65_HS1-834228961_62-HQ-83894_SUB_A
Agency: FBI
Page 95
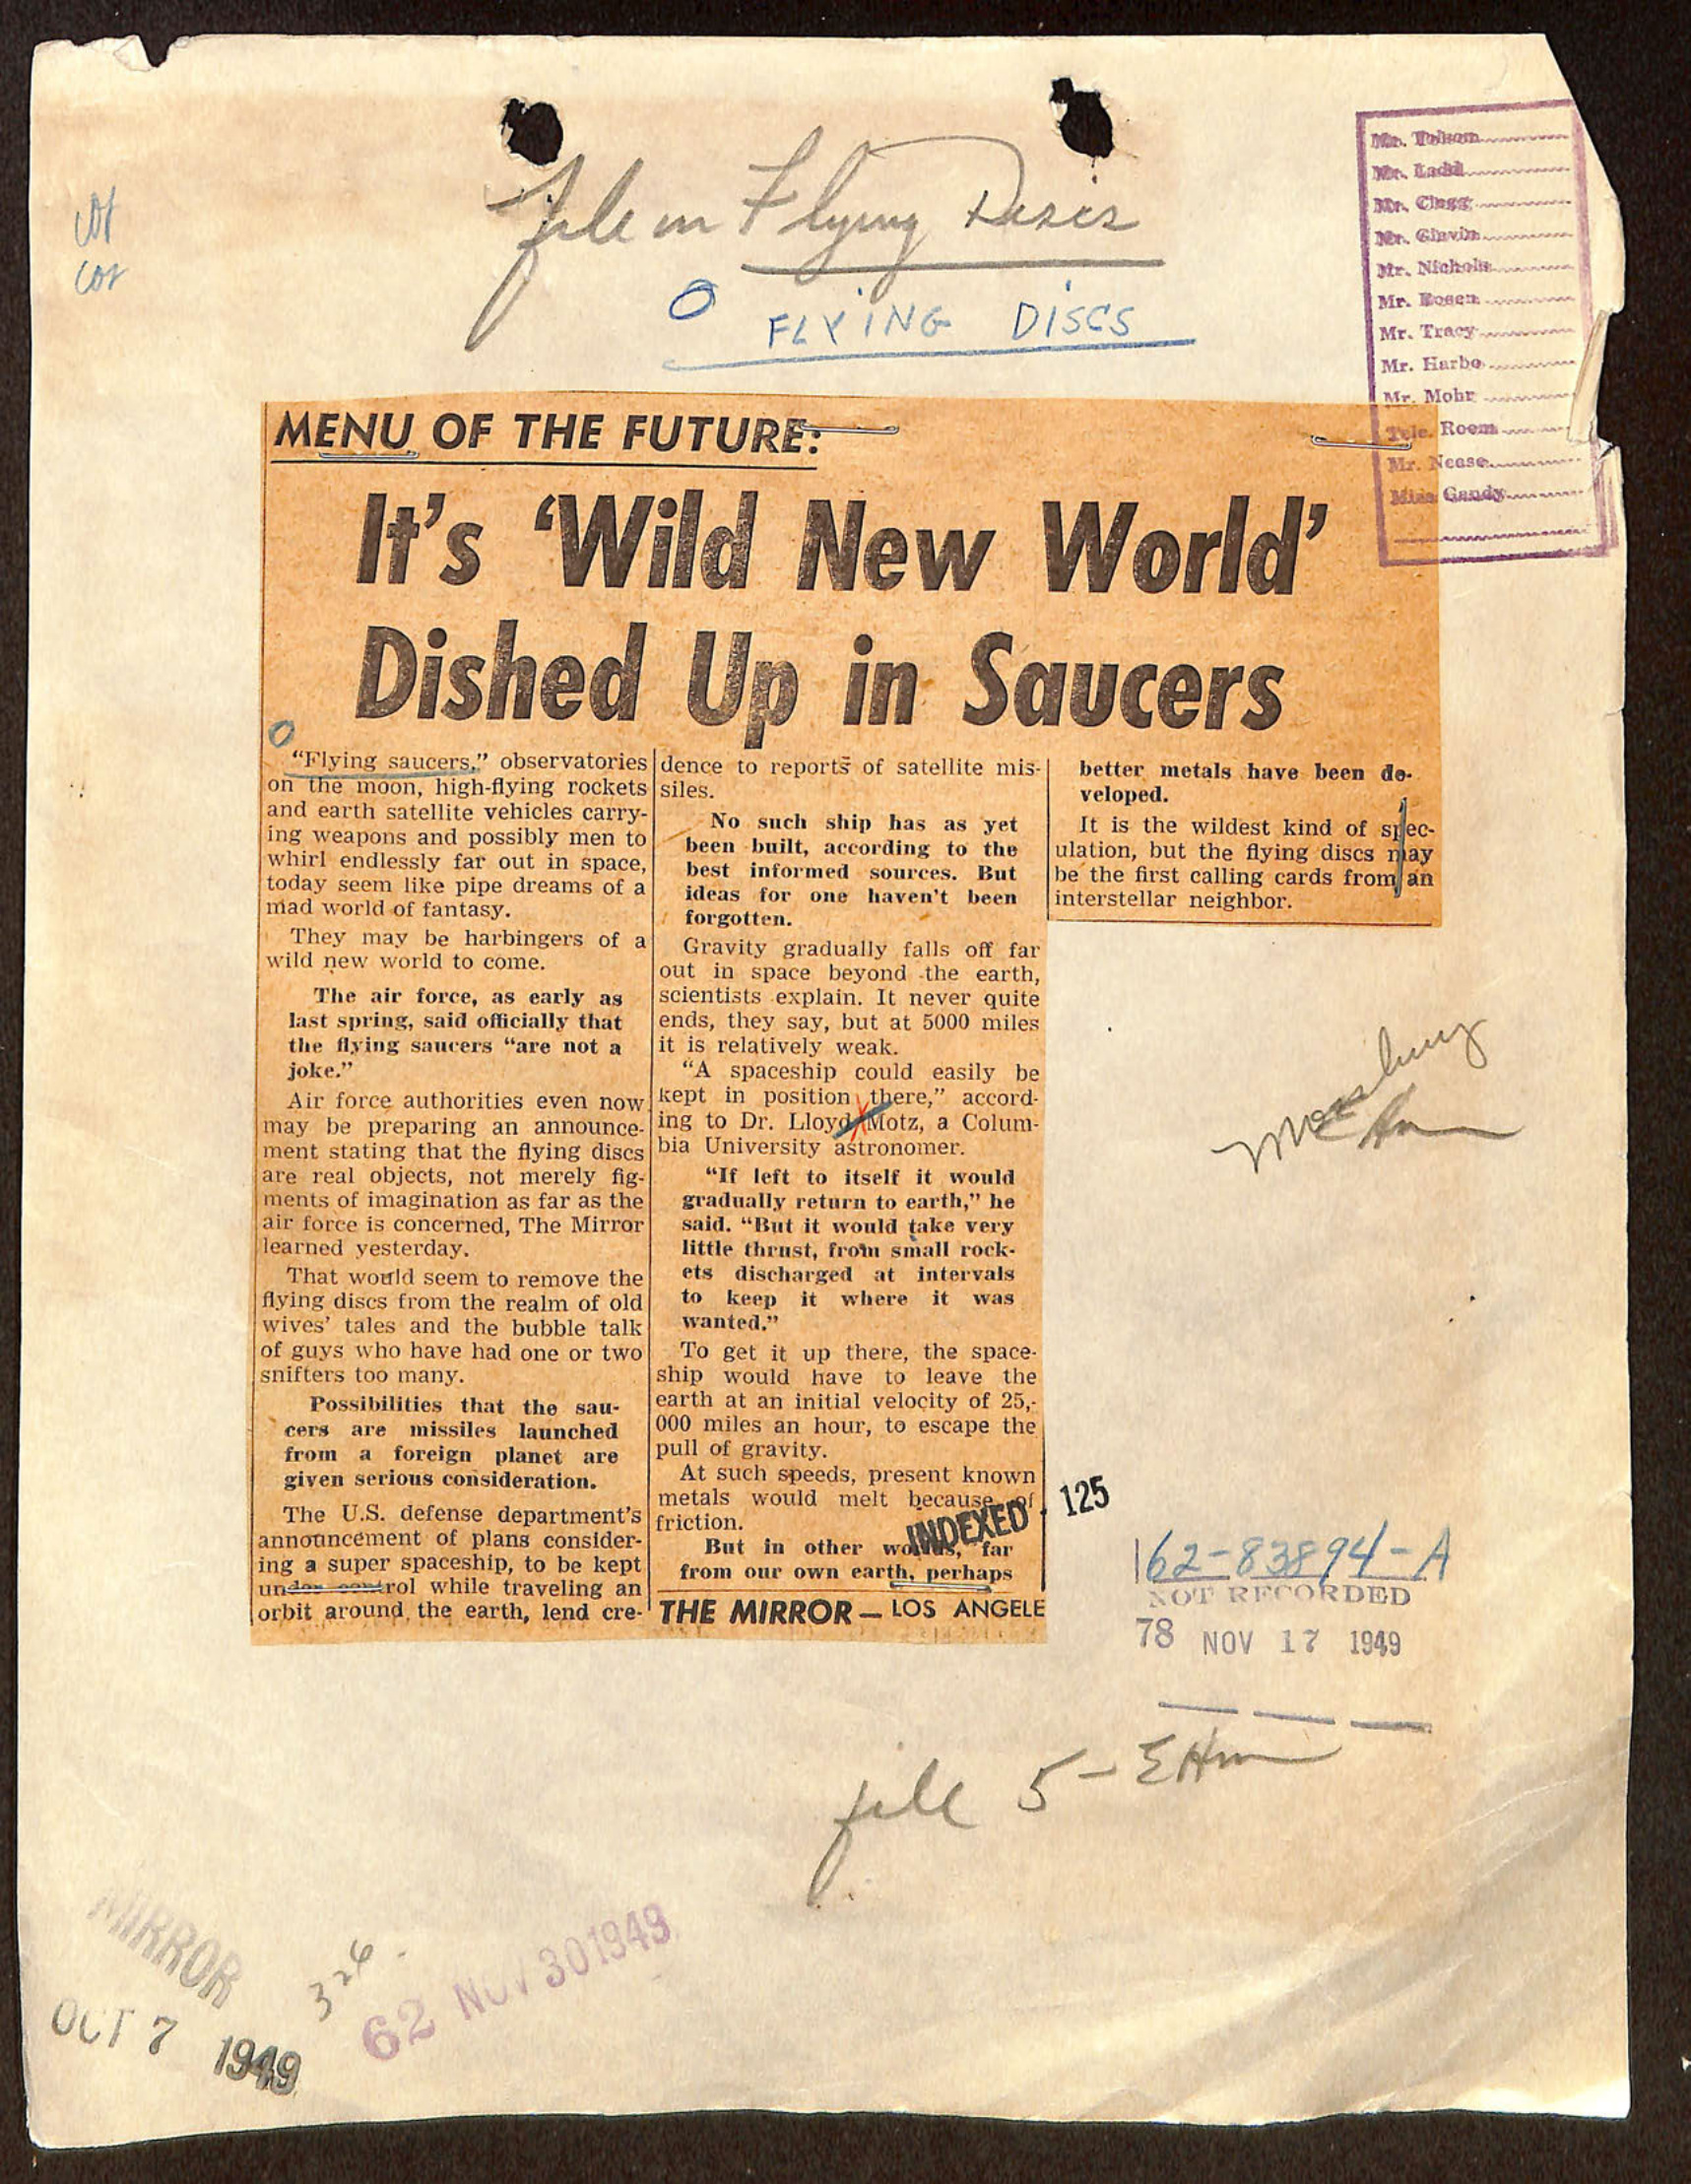